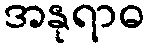
အနုရာဓ